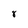
Character: 8